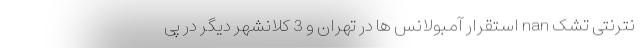
نترنتی تشک nan استقرار آمبولانس ها در تهران و 3 کلانشهر دیگر در پی